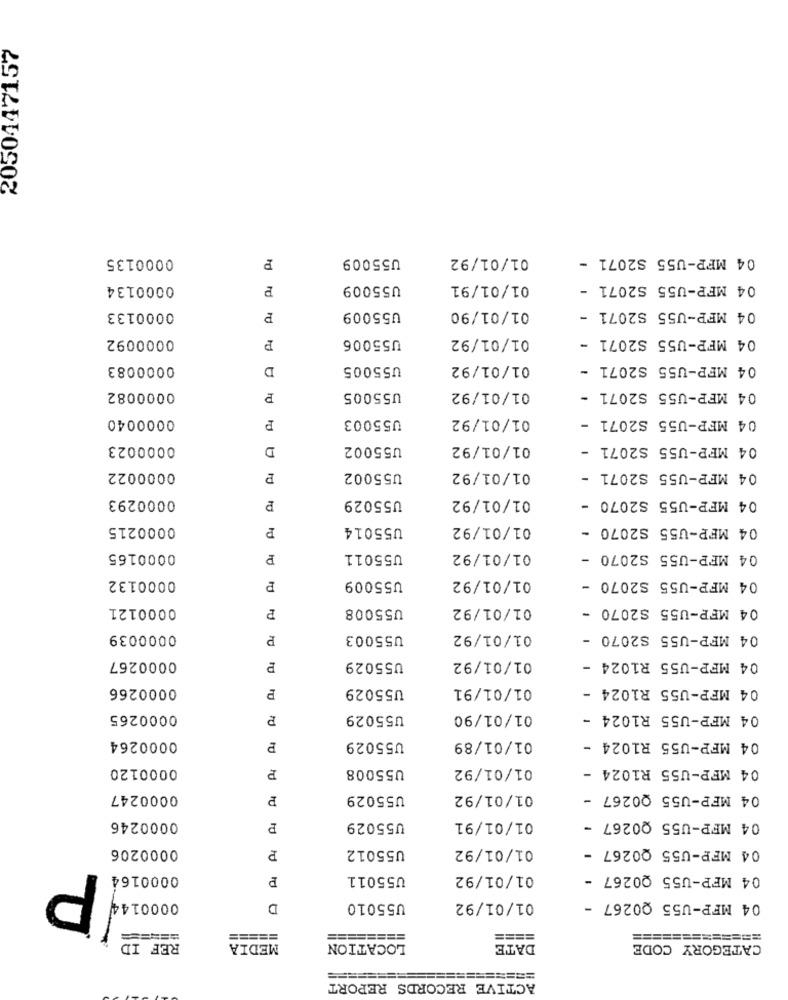
2050147157
0000135
U55009
01/01/92
04 MFP-U55 S2071 -
td
0000134
U55009
01/01/91
04 MFP-U55 S2071 -
0000133
P
U55009
01/01/90
04 MFP-U55 S2071 -
0000092
U55006
01/01/92
04 MFP-U55 S2071
P
0000083
D
U55005
01/01/92
04 MFP-U55 S2071
0000082
U55005
01/01/92
04 MFP-U55 S2071 -
0000040
U55003
01/01/92
04 MFP-U55 S2071 -
P
0000023
D
U55002
01/01/92
04 MFP-U55 S2071 -
0000022
P
U55002
01/01/92
04 MFP-U55 S2071 -
0000293
U55029
01/01/92
04 MFP-U55 S2070 -
0000215
P
U55014
01/01/92
04 MFP-U55 S2070 -
0000165
P
U55011
01/01/92
04 MFP-U55 S2070 -
0000132
01/01/92
04 MFP-U55 S2070 -
P
U55009
0000121
P
U55008
01/01/92
04 MFP-U55 S2070 -
0000039
P
U55003
01/01/92
04 MFP-U55 S2070 -
0000267
U55029
01/01/92
04 MFP-U55 R1024 -
0000266
U55029
01/01/91
04 MFP-U55 R1024 -
0000265
P
U55029
01/01/90
04 MFP-U55 R1024 -
0000264
U55029
01/01/89
04 MFP-U55 R1024 -
0000120
P
U55008
01/01/92
04 MFP-U55 R1024 -
0000247
P
U55029
01/01/92
04 MFP-U55 00267 -
04 MFP-U55 Q0267 -
0000246
U55029
01/01/91
0000206
P
U55012
01/01/92
04 MFP-U55 Q0267 -
...! P
0000164
P
U55011
01/01/92
04 MFP-U55 Q0267 -
D
U55010
01/01/92
04 MFP-U55 Q0267 -
======
=====
========
====
=============
REF ID
MEDIA
LOCATION
DATE
CATEGORY CODE
ACTIVE RECORDS REPORT